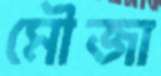
মৌজা